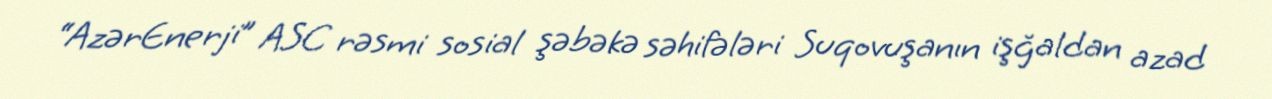
“AzərEnerji” ASC rəsmi sosial şəbəkə səhifələri Suqovuşanın işğaldan azad